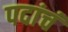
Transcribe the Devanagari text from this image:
पदांचं